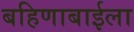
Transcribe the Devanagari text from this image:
बहिणाबाईला